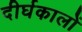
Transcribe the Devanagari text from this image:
दीर्घकालों